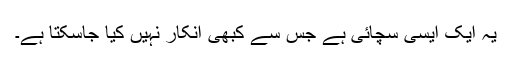
یہ ایک ایسی سچائی ہے جس سے کبھی انکار نہیں کیا جاسکتا ہے۔